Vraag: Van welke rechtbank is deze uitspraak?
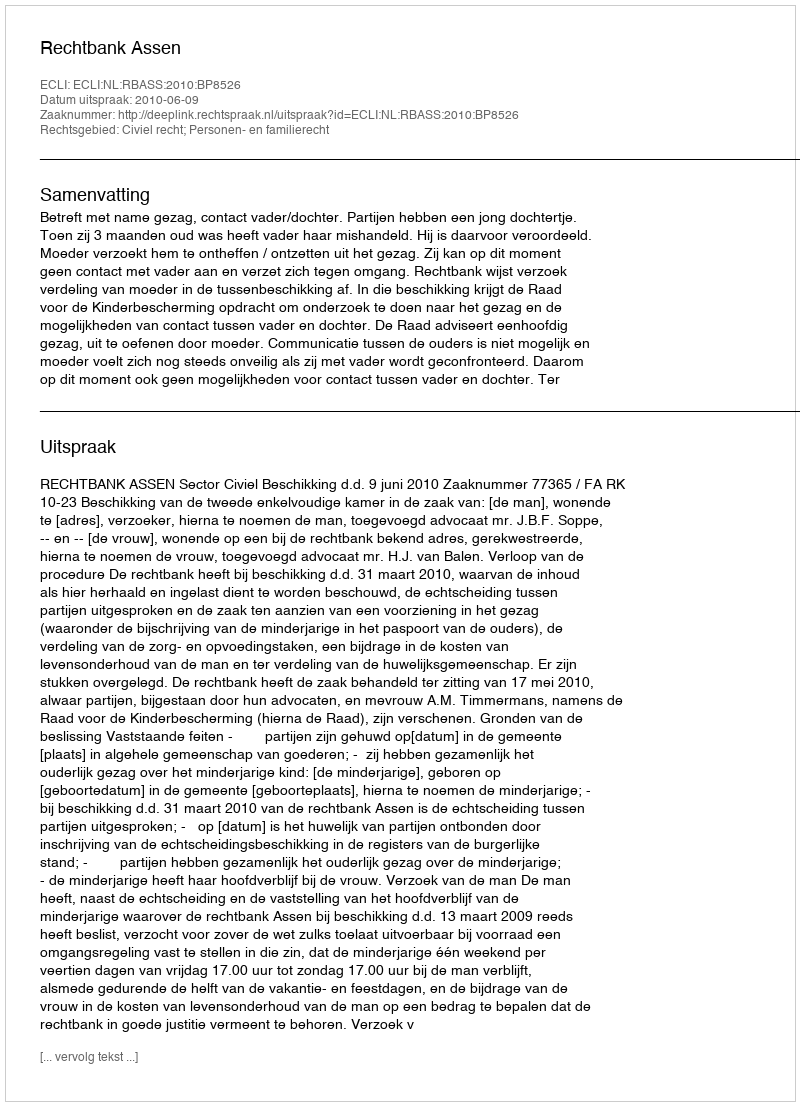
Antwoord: Rechtbank Assen